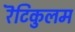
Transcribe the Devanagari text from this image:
रॆटिकुलम